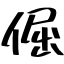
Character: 倔